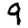
Digit: 9